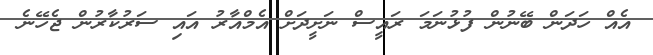
އެއް ހަދަން ބޭނުން ފުޅުނަމަ ރައީސް ނަށީދަށް އެމްއާރު އައި ސަރުކާރުން ޖެހޭނެ